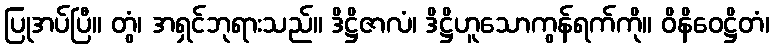
ပြုအပ်ပြီ။ တွံ၊ အရှင်ဘုရားသည်။ ဒိဋ္ဌိဇာလံ၊ ဒိဋ္ဌိဟူသောကွန်ရက်ကို။ ဝိနိဝေဋ္ဌိတံ၊